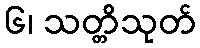
၆၊ သတ္တိသုတ်